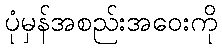
ပုံမှန်အစည်းအဝေးကို